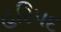
હરિપદ